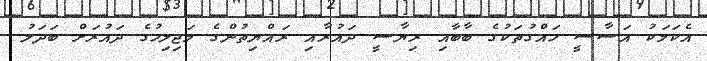
އެކަމަކު އަސާސީ ހައްގުތަކުގެ ބާބާއި ރިޔާސީ ދައުރާއި ރައްޔިތުންގެ މަޖިލިހުގެ ދައުރަށް ބަދަލު